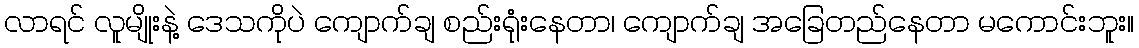
လာရင် လူမျိုးနဲ့ ဒေသကိုပဲ ကျောက်ချ စည်းရုံးနေတာ၊ ကျောက်ချ အခြေတည်နေတာ မကောင်းဘူး။